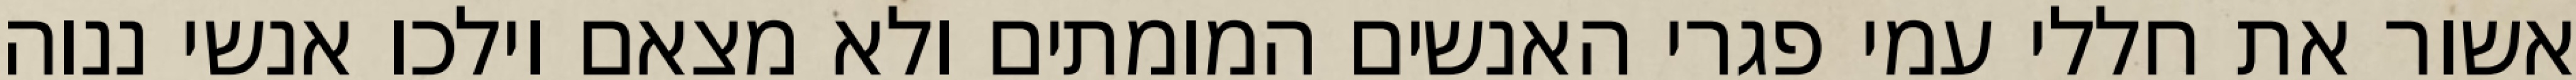
אשור את חללי עמי פגרי האנשים המומתים ולא מצאם וילכו אנשי ננוה